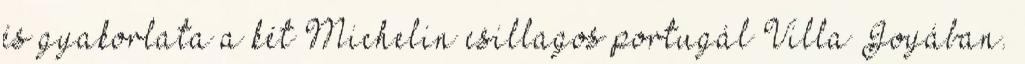
és gyakorlata a két Michelin csillagos portugál Villa Joyában.